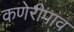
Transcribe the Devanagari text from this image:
कणेरीपाव